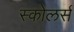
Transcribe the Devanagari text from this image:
स्कोलर्स